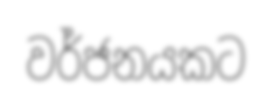
වර්ජනයකට